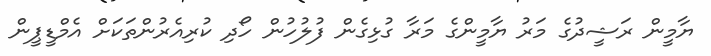
ޔާމީން ރަޝީދުގެ މަރު ޔާމީންގެ މަރާ ގުޅިގެން ފުލުހުން ހޯދި ކުރިއެރުންތަކަށް އެމްޑީޕީން